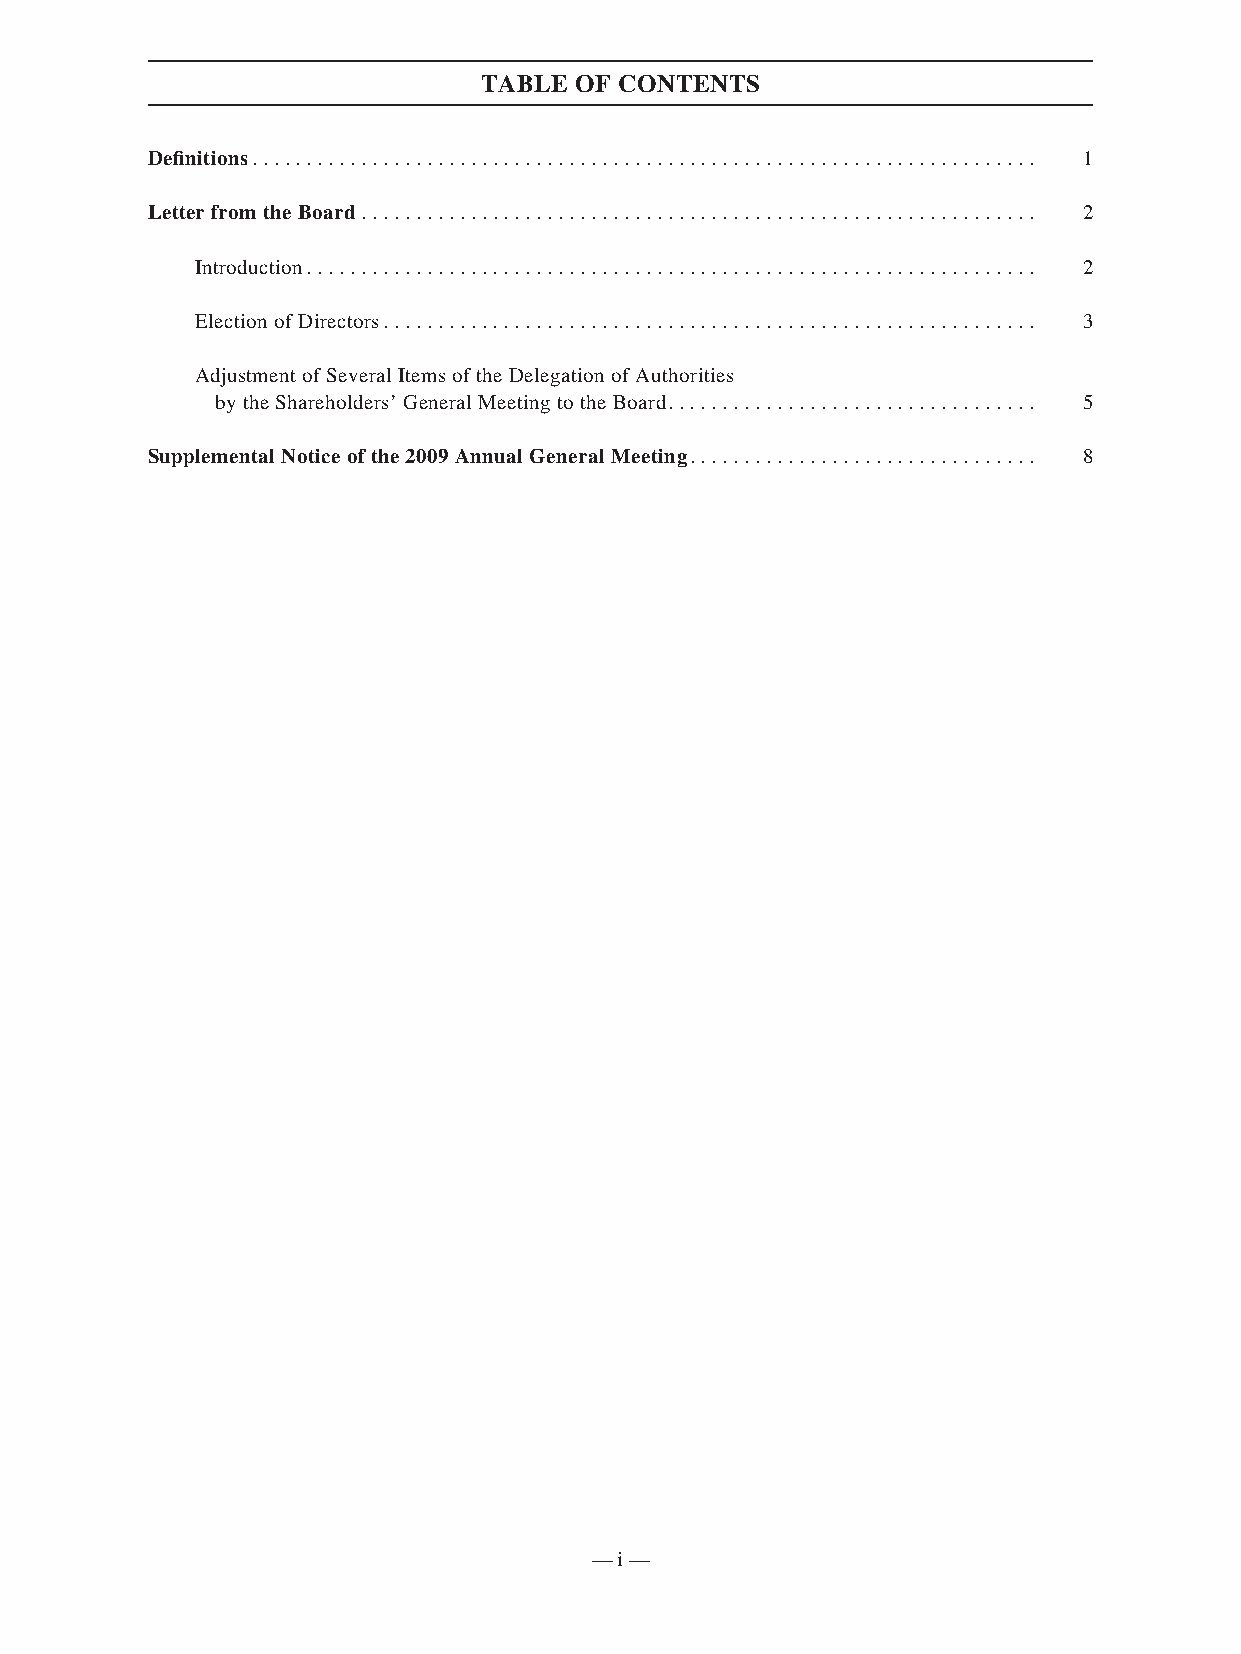
TABLE OF CONTENTS
 Defi nitions. . . . . . . . . . . . . . . . . . . . . . . . . . . . . . . . . . . . . . . . . . . . . . . . . . . . . . . . . . . . . . . . . . . . . . . . 1
 Letter from the Board. . . . . . . . . . . . . . . . . . . . . . . . . . . . . . . . . . . . . . . . . . . . . . . . . . . . . . . . . . . . . . 2
 Introduction. . . . . . . . . . . . . . . . . . . . . . . . . . . . . . . . . . . . . . . . . . . . . . . . . . . . . . . . . . . . . . . . . . . 2
 Election of Directors. . . . . . . . . . . . . . . . . . . . . . . . . . . . . . . . . . . . . . . . . . . . . . . . . . . . . . . . . . . . 3
 Adjustment of Several Items of the Delegation of Authorities
 by the Shareholders’ General Meeting to the Board. . . . . . . . . . . . . . . . . . . . . . . . . . . . . . . . . . 5
 Supplemental Notice of the 2009 Annual General Meeting. . . . . . . . . . . . . . . . . . . . . . . . . . . . . . . . 8
 — i —